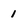
Character: 1